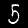
Label: 5